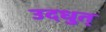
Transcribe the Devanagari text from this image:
उदधुत्